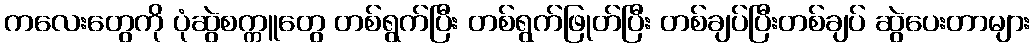
ကလေးတွေကို ပုံဆွဲစက္ကူတွေ တစ်ရွက်ပြီး တစ်ရွက်ဖြုတ်ပြီး တစ်ချပ်ပြီးတစ်ချပ် ဆွဲပေးတာများ